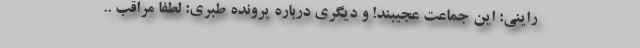
راینی: این جماعت عجیبند! و دیگری درباره پرونده طبری: لطفا مراقب ..